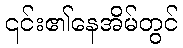
၎င်း၏နေအိမ်တွင်